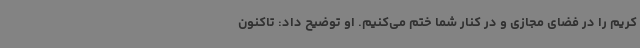
کریم را در فضای مجازی و در کنار شما ختم می‌کنیم. او توضیح داد: تاکنون